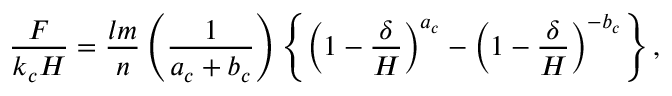
\frac { F } { k _ { c } H } = \frac { l m } { n } \left( \frac { 1 } { a _ { c } + b _ { c } } \right) \left\{ \left( 1 - \frac { \delta } { H } \right) ^ { a _ { c } } - \left( 1 - \frac { \delta } { H } \right) ^ { - b _ { c } } \right\} ,